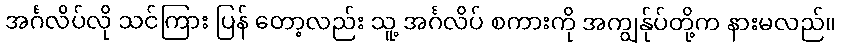
အင်္ဂလိပ်လို သင်ကြား ပြန် တော့လည်း သူ့ အင်္ဂလိပ် စကားကို အကျွန်ုပ်တို့က နားမလည်။